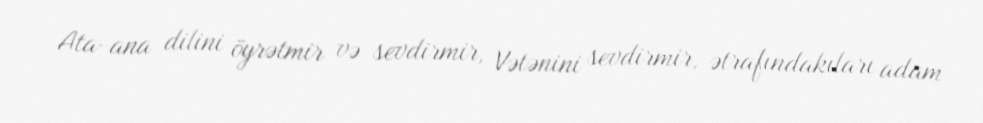
Ata-ana dilini öyrətmir və sevdirmir, Vətənini sevdirmir, ətrafındakıları adam